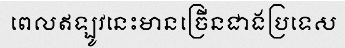
ពេលឥឡូវនេះមានច្រើនជាងប្រទេស